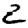
Digit: 2